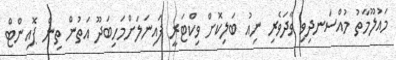
މައުލޫމާތު މުއްސަނދިވި ވާދަވެރި ނިއު ބަލިކޮށް ވިކްޓަރީ ފައިނަލަށްމަހިބަދޫ އަތުން ތިން ޕޮއިންޓް